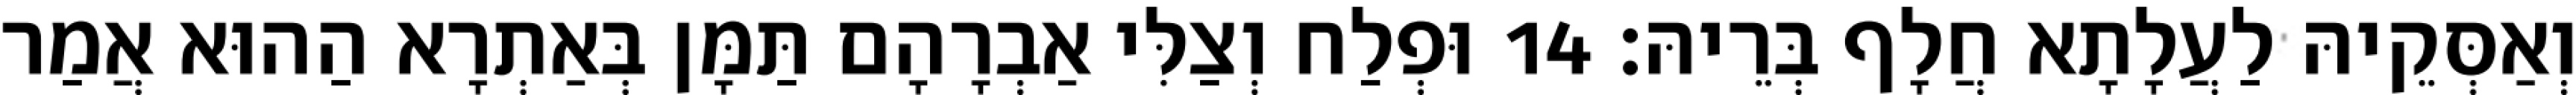
וְאַסְּקֵיהּ לַעֲלָתָא חֲלָף בְּרֵיהּ׃ 14 וּפְלַח וְצַלִּי אַבְרָהָם תַּמָּן בְּאַתְרָא הַהוּא אֲמַר